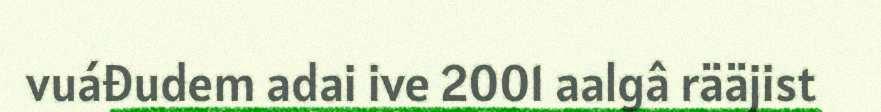
vuáđudem adai ive 2001 aalgâ rääjist